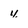
Character: 4